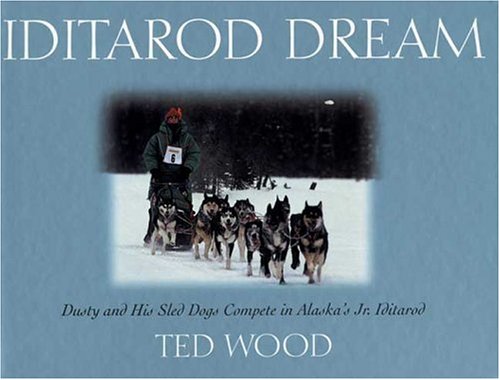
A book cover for Iditarod Dream: Dusty and His Sled Dogs Compete in Alaska's Jr. Iditarod; Ted Wood; Sports & Outdoors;